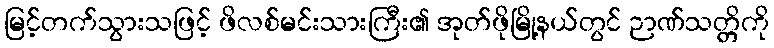
မြင့်တက်သွားသဖြင့် ဖိလစ်မင်းသားကြီး၏ အုတ်ဖိုမြို့နယ်တွင် ဉာဏ်သတ္တိကို